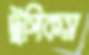
ট্রপিকস